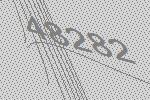
48282